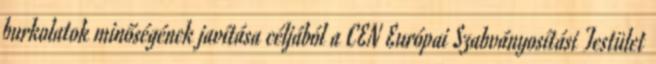
burkolatok minőségének javítása céljából a CEN Európai Szabványosítási Testület